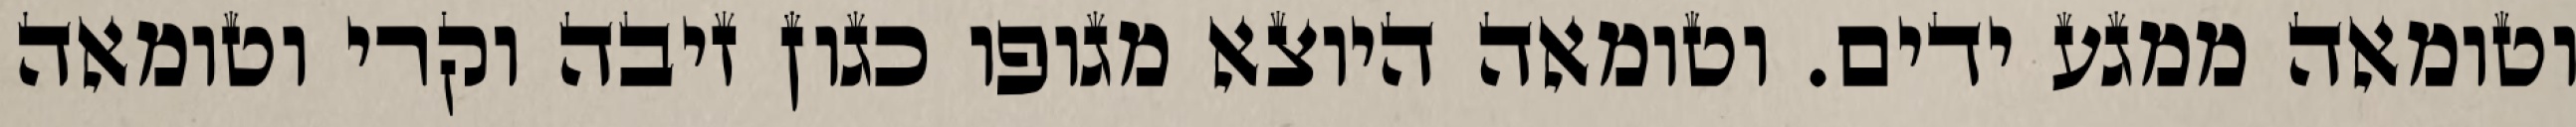
וטומאה ממגע ידים. וטומאה היוצא מגופו כגון זיבה וקרי וטומאה